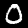
Digit: 0